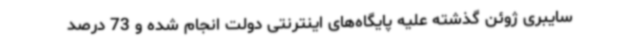
سایبری ژوئن گذشته علیه پایگاه‌های اینترنتی دولت انجام شده و 73 درصد